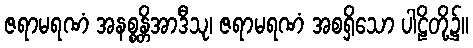
ဇရာမရဏံ အနစ္စန္တိအာဒီသု၊ ဇရာမရဏံ အစရှိသော ပါဠိတို့၌။